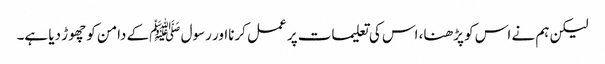
لیکن ہم نے اس کو پڑھنا، اس کی تعلیمات پر عمل کرنااور رسول ﷺکے دامن کو چھوڑ دیا ہے۔